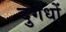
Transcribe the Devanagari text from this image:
दुर्गंधों